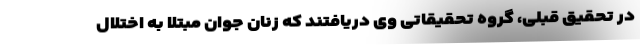
در تحقیق قبلی، گروه تحقیقاتی وی دریافتند که زنان جوان مبتلا به اختلال